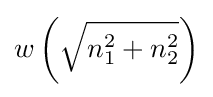
w\left({\sqrt {n_{1}^{2}+n_{2}^{2}}}\right)